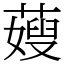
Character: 䕅